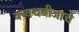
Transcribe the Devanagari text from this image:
कवचबीजाचे